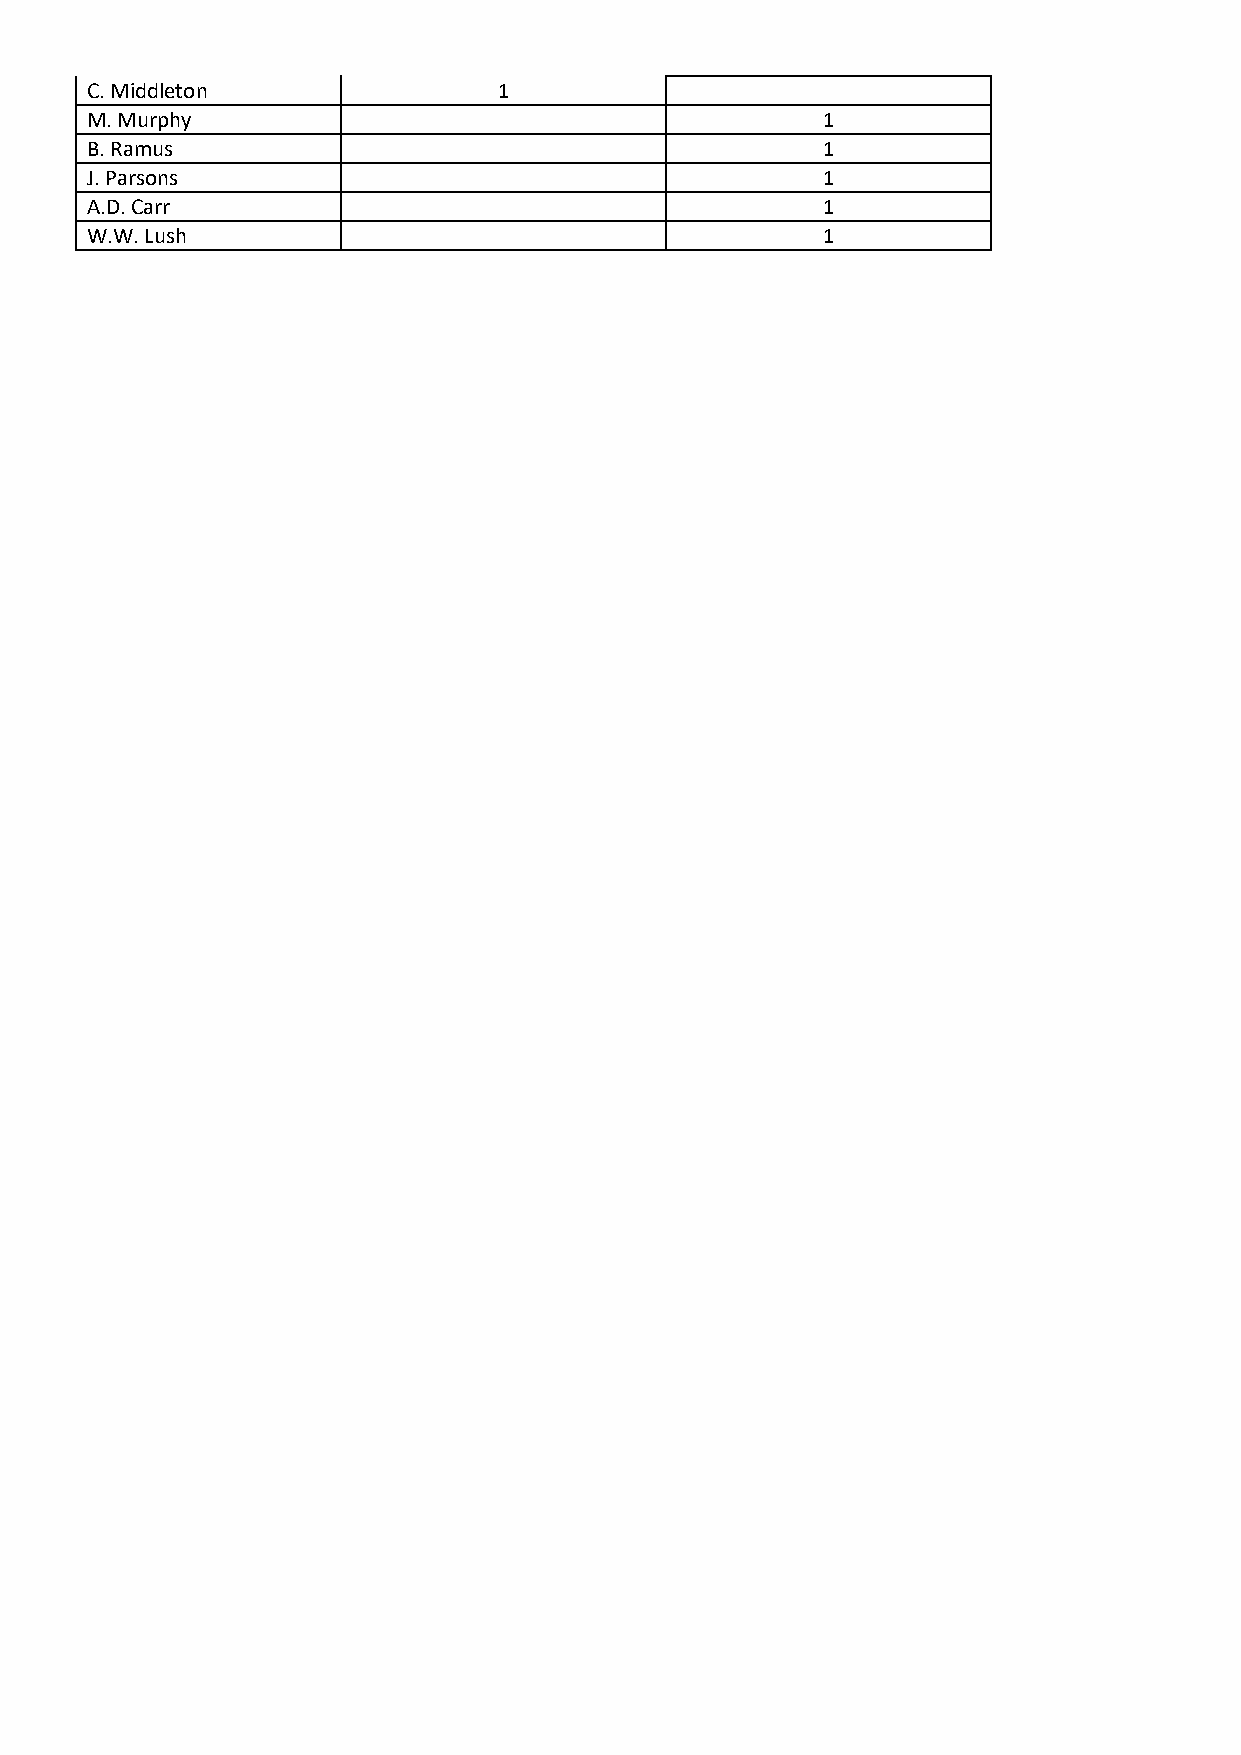
C. Middleton               1
 M. Murphy                                       1
 B. Ramus                                        1
 J. Parsons                                      1
 A.D. Carr                                       1
 W.W. Lush                                       1